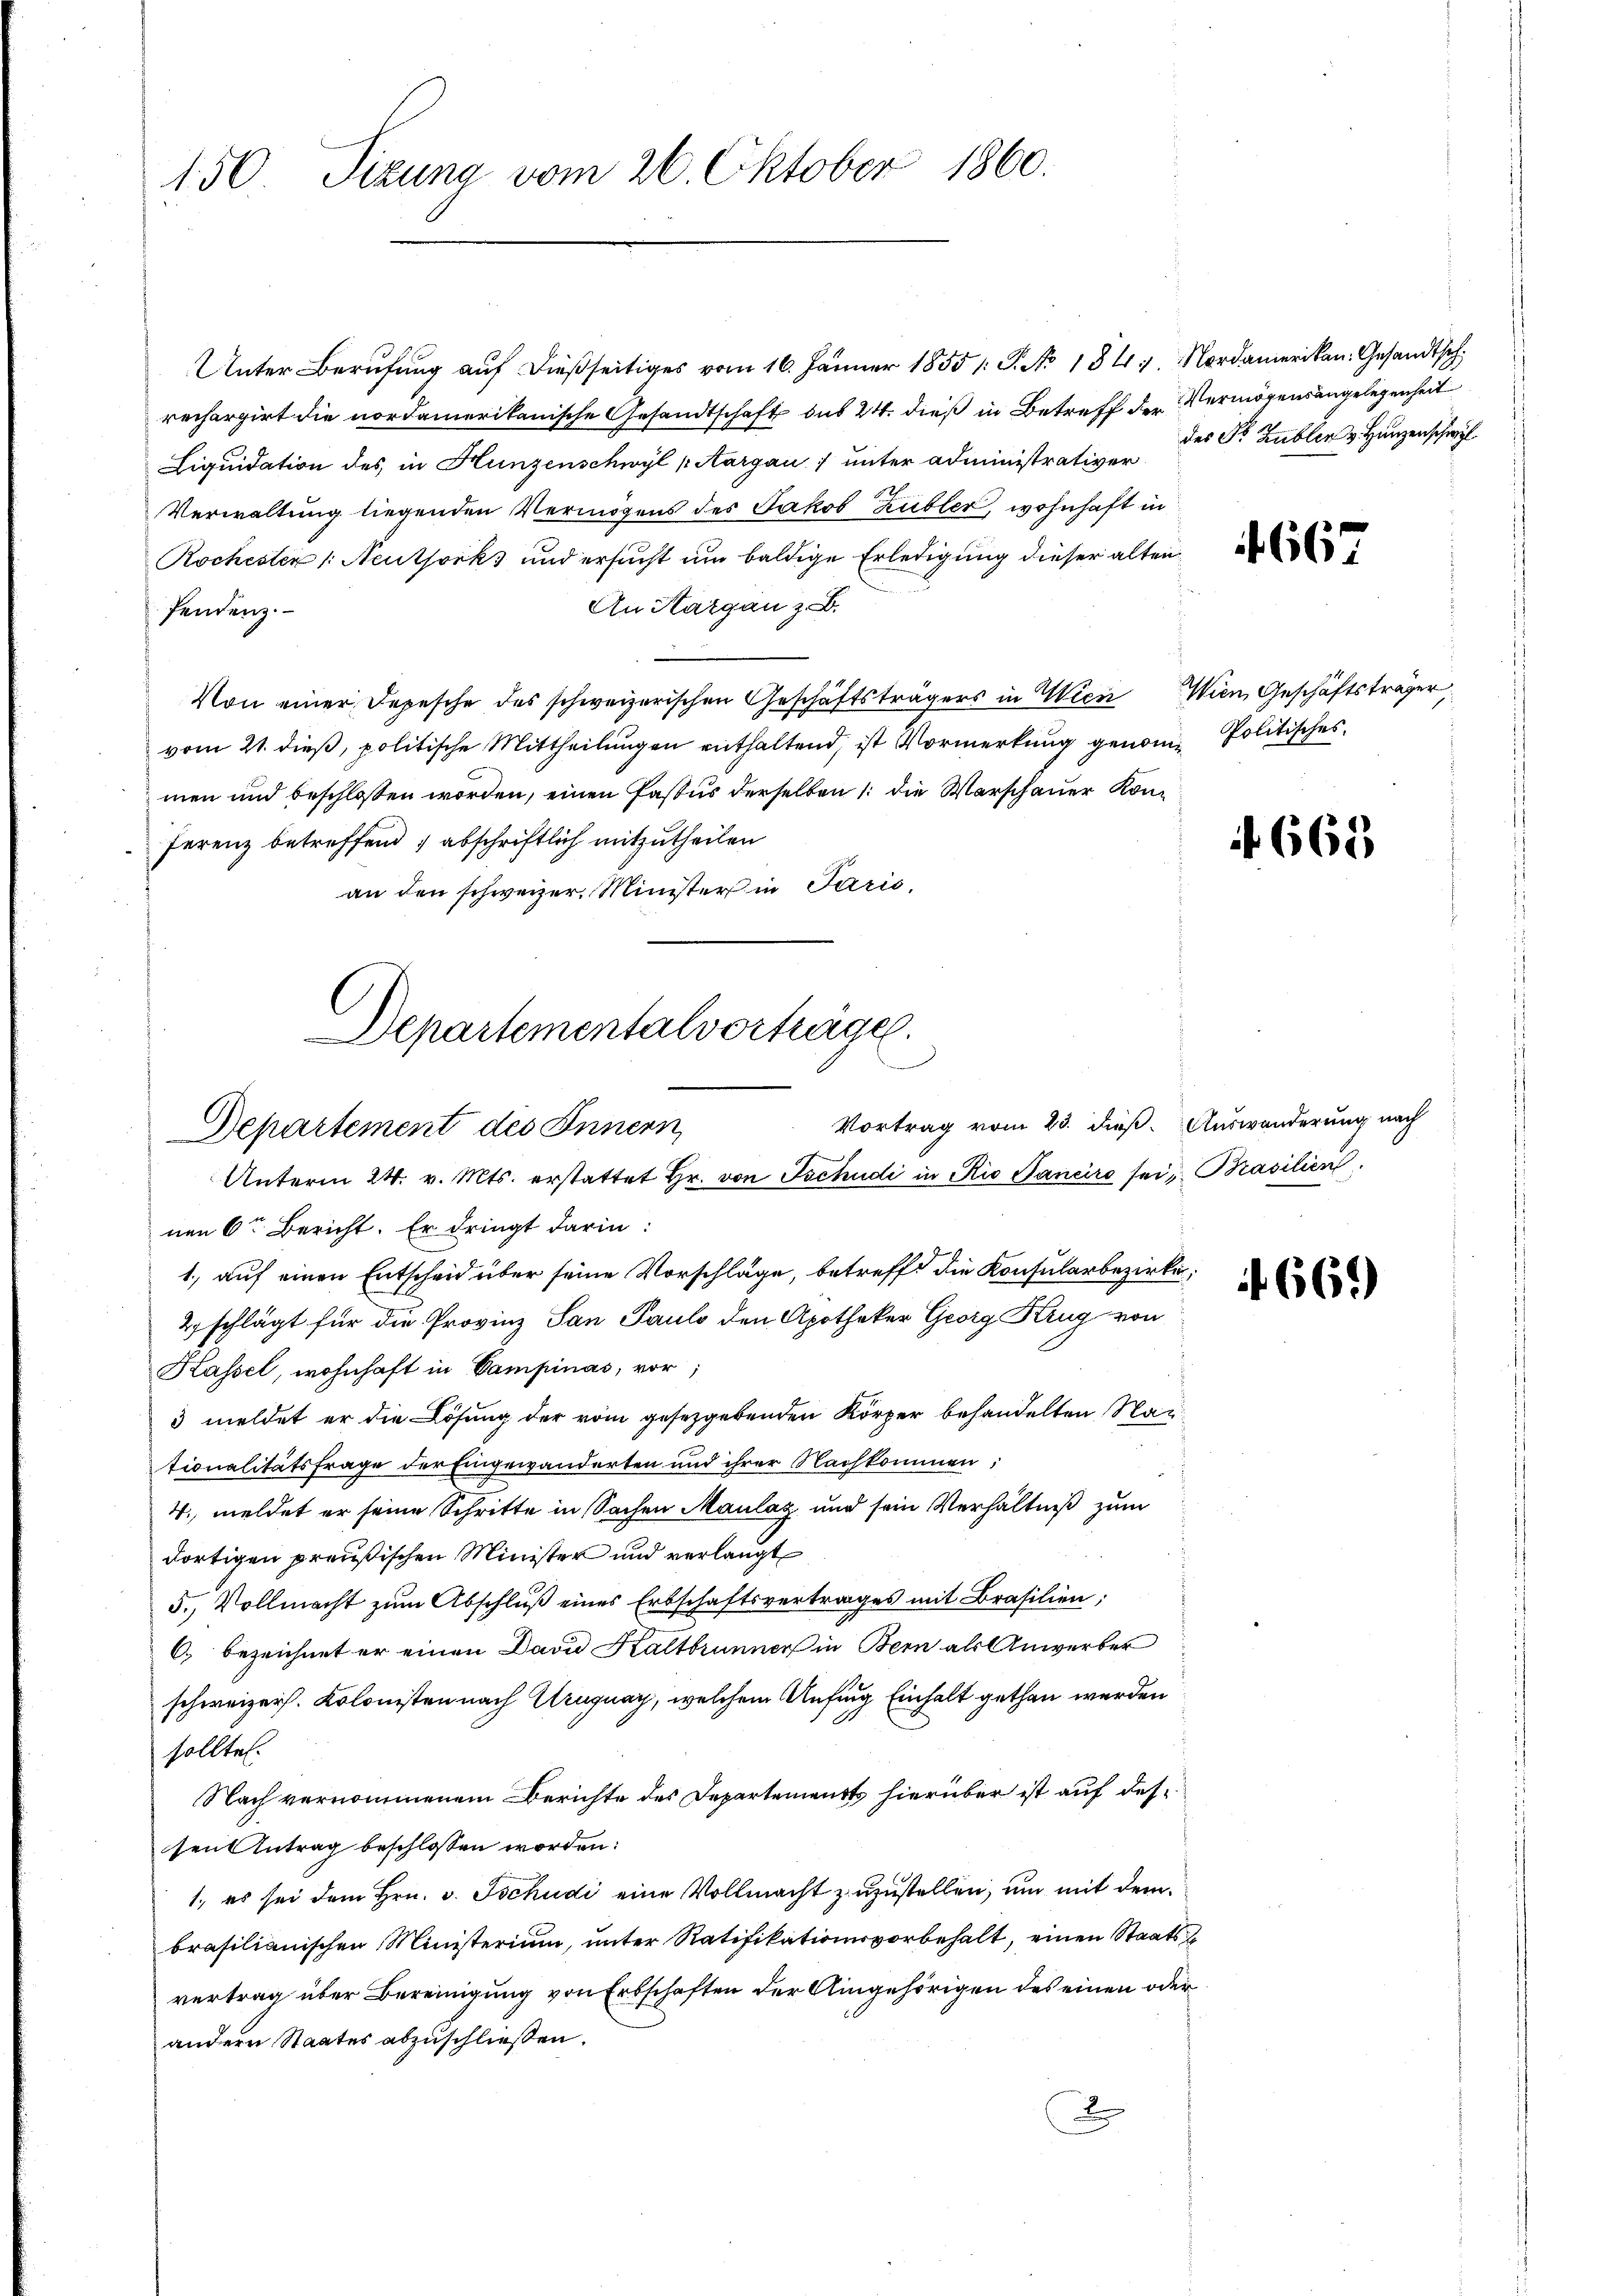
150. Sizung vom 26. Oktober 1860.

Unter Berufung auf dießseitiges vom 16. Jänner 1855 /: P. No. 184. Nordamerikan. Gesandtsch
rechargirt die nordamerikanische Gesandtschaft des 24. dieß in Betreff der Vermögensangelegenheit
Liquidation des in Hunzenschwyl paargau unter administrativer
Verwaltung liegenden Vermögens des Jakob Kübler, wohnhaft in
Rochesten /: Neutjorks und ersucht um baldige Erledigung dieser alten
An Hargau z. B.
fendenz.
Von einer Depesche des schweizerischen Geschäftsträgers in Wien Wien Geschäftsträger,
vom 21. dieß, politische Mittheilungen enthaltend, ist Vormerkung genom-Politisches
men und beschlossen worden, einen Pastus derselben 1. die Verschauer Konferenz betreffend , abschriftlich mitzutheilen
an den schweizer. Minister in Paris,

Departementalvorträge.
Departement des Innern

Vortrag vom 23. dieß. Auswanderung nach
Unterm 24. v. Mts. erstattet Hr. von Tschudi in Rio Janeiro sei Prasilien
nen 6te Bericht. Er dringt darin:
1. auf einen Entscheid über seine Vorschläge, betreff die Konsularbezirke;
2 schlägt für die Provinz San Pauls den Apotheker Georg Krug von
Kassel, wohnhaft in Campinas, vor
3 meldet er die Lösung der vom gesetzgebenden Körper behandelten Nationalitätsfrage der Eingewanderten und ihrer Nachkommen;
4. meldet er seine Schritte in Sachen Maulag und sein Verhältniß zum
dortigen preußischen Minister und verlangt
5., Vollmacht zum Abschluß eines Erbschaftsvertrages mit Brasilien;
C. bezeichnet er einen David Kaltbrunner in Bern als Anwerber
schweizer. Kolonisten nach Uruguay, welchem Anfung Einhalt gethan werden
sollte.
Nach vernommenem Berichte des Departements hierüber ist auf dessen Antrag beschlossen worden:
1., es sei dem Hrn. v. Tschudi eine Vollmacht zuzustellen, um mit dem
brasilianischen Ministerium, unter Ratifikationsvorbehalt, einen Staats-
vertrag über Bereinigung von Erbschaften der Angehörigen des einen oder
andern Staates abzuschließen.
2.

des Fr. Zubler v. Hunzen schwyl

667

665

f 669